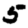
Digit: 5